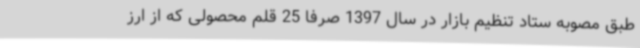
طبق مصوبه ستاد تنظیم بازار در سال 1397 صرفا 25 قلم محصولی که از ارز